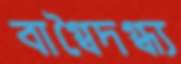
বাগ্‌বৈদগ্ধ্য